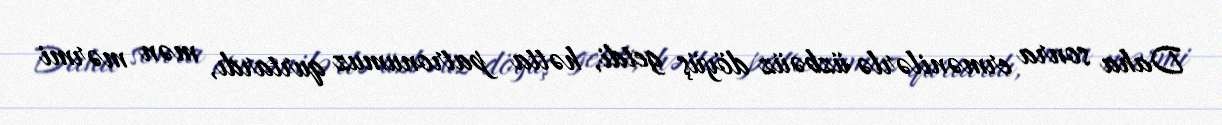
Daha sonra ermənilərlə üzbəüz döyüş getdi, hətta patronumuz qurtardı, mən mərmi